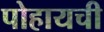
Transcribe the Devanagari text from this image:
पोहायची